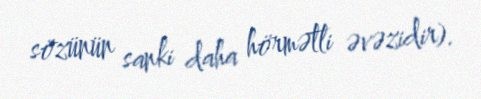
sözünün sanki daha hörmətli əvəzidir).